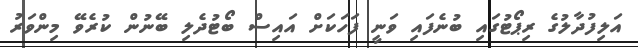
އަލިފުދާލުގެ ރިޕޯޓުގައި ބުނެފައި ވަނީ ފަހަކަށް އައިސް ބޯޓުދެލި ބޭނުން ކުރެވޭ މިންވަރު